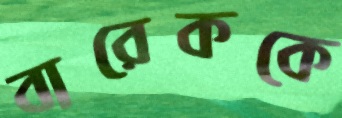
বারেককে